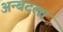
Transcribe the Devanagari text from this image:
अन्बदला